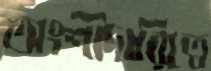
অংশীদারিত্বে